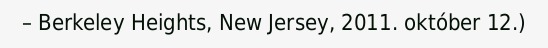
– Berkeley Heights, New Jersey, 2011. október 12.)